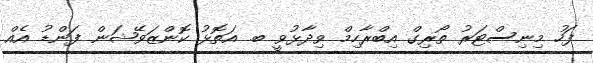
ފަހު މިނިސްޓަރު ތޯރިގް އިބްރާހިމް ވިދާޅުވީ ބ. އަތޮޅު ކޮންޒަވޭޝަން ފަންޑު އެއް